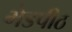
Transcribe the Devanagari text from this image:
भेडपीठ